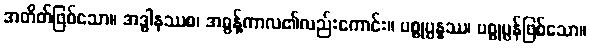
အတိတ်ဖြစ်သော။ အဒ္ဓါနဿစ၊ အဓွန့်ကာလ၏လည်းကောင်း။ ပစ္စုပ္ပန္နဿ၊ ပစ္စုပ္ပန်ဖြစ်သော။